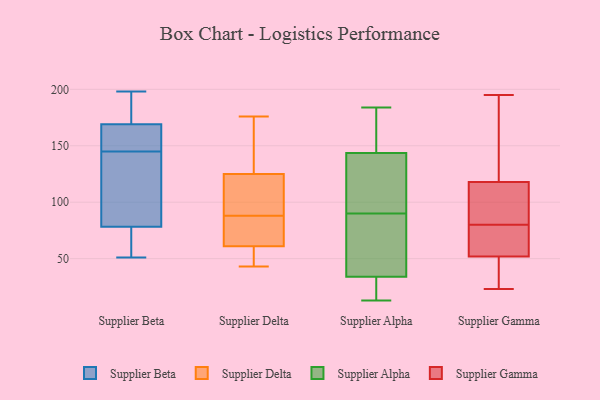
{"axis": {"x": "Tickets Resolved", "y": "Value"}, "legend": ["Supplier Alpha", "Supplier Beta", "Supplier Delta", "Supplier Gamma"], "data": [{"x": "", "y": 77, "type": "Supplier Beta"}, {"x": "", "y": 198, "type": "Supplier Beta"}, {"x": "", "y": 51, "type": "Supplier Beta"}, {"x": "", "y": 127, "type": "Supplier Beta"}, {"x": "", "y": 63, "type": "Supplier Beta"}, {"x": "", "y": 145, "type": "Supplier Beta"}, {"x": "", "y": 174, "type": "Supplier Beta"}, {"x": "", "y": 172, "type": "Supplier Beta"}, {"x": "", "y": 159, "type": "Supplier Beta"}, {"x": "", "y": 82, "type": "Supplier Beta"}, {"x": "", "y": 160, "type": "Supplier Beta"}, {"x": "", "y": 151, "type": "Supplier Delta"}, {"x": "", "y": 124, "type": "Supplier Delta"}, {"x": "", "y": 43, "type": "Supplier Delta"}, {"x": "", "y": 176, "type": "Supplier Delta"}, {"x": "", "y": 78, "type": "Supplier Delta"}, {"x": "", "y": 97, "type": "Supplier Delta"}, {"x": "", "y": 61, "type": "Supplier Delta"}, {"x": "", "y": 128, "type": "Supplier Delta"}, {"x": "", "y": 61, "type": "Supplier Delta"}, {"x": "", "y": 140, "type": "Supplier Delta"}, {"x": "", "y": 92, "type": "Supplier Delta"}, {"x": "", "y": 60, "type": "Supplier Delta"}, {"x": "", "y": 70, "type": "Supplier Delta"}, {"x": "", "y": 88, "type": "Supplier Delta"}, {"x": "", "y": 70, "type": "Supplier Delta"}, {"x": "", "y": 54, "type": "Supplier Delta"}, {"x": "", "y": 109, "type": "Supplier Delta"}, {"x": "", "y": 168, "type": "Supplier Alpha"}, {"x": "", "y": 79, "type": "Supplier Alpha"}, {"x": "", "y": 156, "type": "Supplier Alpha"}, {"x": "", "y": 136, "type": "Supplier Alpha"}, {"x": "", "y": 36, "type": "Supplier Alpha"}, {"x": "", "y": 26, "type": "Supplier Alpha"}, {"x": "", "y": 13, "type": "Supplier Alpha"}, {"x": "", "y": 154, "type": "Supplier Alpha"}, {"x": "", "y": 21, "type": "Supplier Alpha"}, {"x": "", "y": 68, "type": "Supplier Alpha"}, {"x": "", "y": 100, "type": "Supplier Alpha"}, {"x": "", "y": 28, "type": "Supplier Alpha"}, {"x": "", "y": 140, "type": "Supplier Alpha"}, {"x": "", "y": 139, "type": "Supplier Alpha"}, {"x": "", "y": 86, "type": "Supplier Alpha"}, {"x": "", "y": 184, "type": "Supplier Alpha"}, {"x": "", "y": 90, "type": "Supplier Alpha"}, {"x": "", "y": 54, "type": "Supplier Gamma"}, {"x": "", "y": 78, "type": "Supplier Gamma"}, {"x": "", "y": 118, "type": "Supplier Gamma"}, {"x": "", "y": 100, "type": "Supplier Gamma"}, {"x": "", "y": 109, "type": "Supplier Gamma"}, {"x": "", "y": 178, "type": "Supplier Gamma"}, {"x": "", "y": 166, "type": "Supplier Gamma"}, {"x": "", "y": 71, "type": "Supplier Gamma"}, {"x": "", "y": 52, "type": "Supplier Gamma"}, {"x": "", "y": 82, "type": "Supplier Gamma"}, {"x": "", "y": 195, "type": "Supplier Gamma"}, {"x": "", "y": 140, "type": "Supplier Gamma"}, {"x": "", "y": 78, "type": "Supplier Gamma"}, {"x": "", "y": 109, "type": "Supplier Gamma"}, {"x": "", "y": 24, "type": "Supplier Gamma"}, {"x": "", "y": 30, "type": "Supplier Gamma"}, {"x": "", "y": 23, "type": "Supplier Gamma"}, {"x": "", "y": 39, "type": "Supplier Gamma"}]}